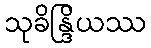
သုခိန္ဒြိယဿ